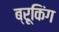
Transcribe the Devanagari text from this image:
ब्रूकिंग